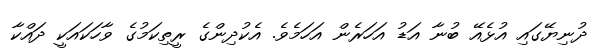
ދުނިޔޭގައި އުޅެއޭ ބުނާ އަޑު އަހަރެން އަހަމެވެ. އެކުދިންގެ ރީތިކަމުގެ ވާހަކައަކީ ދައްކާ